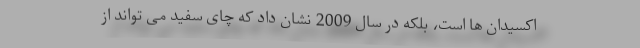
اکسیدان ها است، بلکه در سال 2009 نشان داد که چای سفید می تواند از